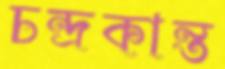
চন্দ্রকান্ত